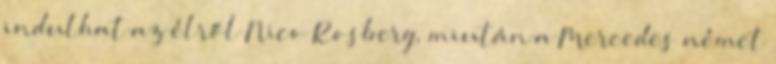
indulhat az élről Nico Rosberg, miután a Mercedes német